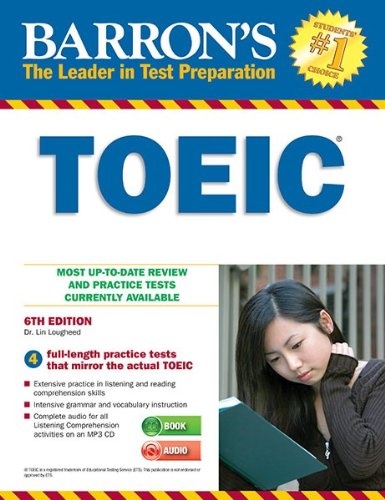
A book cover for Barron's TOEIC with MP3 CD, 6th Edition; Dr. Lin Lougheed; Test Preparation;